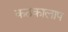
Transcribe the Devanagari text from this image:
कठकालाप